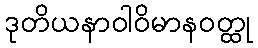
ဒုတိယနာဝါဝိမာနဝတ္ထု